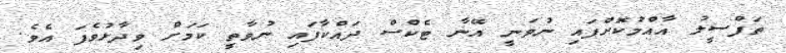
ތަފްސީލު އާއްމުކޮށްފައި ނުވަނީ އޭނާ ޓެކްސް ދައްކާފައި ނުވާތީ ކަމަށް ވިދާޅުވެފަ އެވެ.